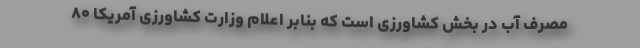
مصرف آب در بخش کشاورزی است که بنابر اعلام وزارت کشاورزی آمریکا ۸۰